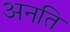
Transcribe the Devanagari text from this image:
अनति